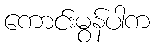
ကောင်းမွန်ပါက